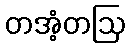
တအံ့တဩ